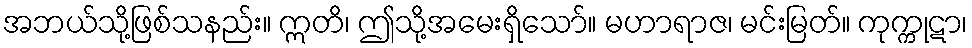
အဘယ်သို့ဖြစ်သနည်း။ ဣတိ၊ ဤသို့အမေးရှိသော်။ မဟာရာဇ၊ မင်းမြတ်။ ကုက္ကုဋာ၊